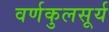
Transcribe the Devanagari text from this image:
वर्णकुलसूर्य